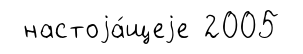
настоjа́щеjе 2005